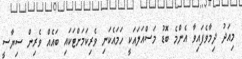
މިއަދު ދިމާވެފައިވާ އެންމެ ބޮޑު މަސްއަލައަކީ ހަމައެކަނި ވެރިކަމަށްޓަކައި ބައެއް ވެރިން ސިޔާސީ